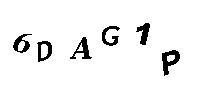
6DAG1P